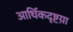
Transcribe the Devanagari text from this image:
आर्थिकदृष्टय़ा